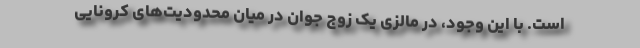
است. با این وجود، در مالزی یک زوج جوان در میان محدودیت‌های کرونایی